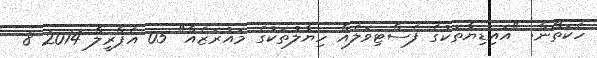
ހެކަތޯން: "އައިޑިޔާތަކުގެ ފެސްޓިވަލެއް ހިޔާލުތަކުގެ މައުރަޒެއް" 05 އެޕްރީލް 2014 8